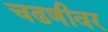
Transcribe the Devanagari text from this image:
चढणीवर